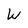
Character: W